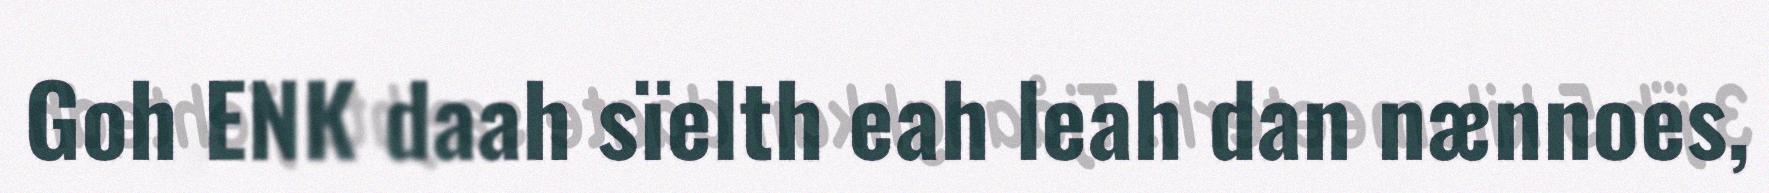
Goh ENK daah sïelth eah leah dan nænnoes,